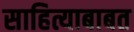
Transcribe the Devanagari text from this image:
साहित्याबाबत